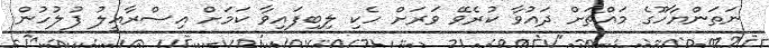
ނަތަންޔާހޫގެ މައްޗަށް ދައުވާ ކުރެވޭ ވަރަށް ހެކި ލިބިފައިވާ ކަމަށް އިސްރާއީލު ފުލުހުން